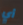
أي